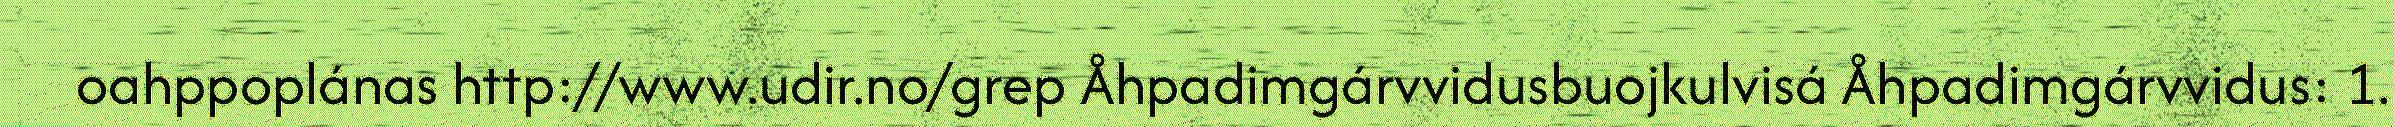
oahppoplánas http://www.udir.no/grep Åhpadimgárvvidusbuojkulvisá Åhpadimgárvvidus: 1.